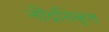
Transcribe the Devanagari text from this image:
नोंदनिकृत